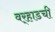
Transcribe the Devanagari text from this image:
वर्‍हाडची